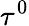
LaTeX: \tau^{0}